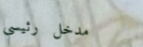
مدخل رئيسي